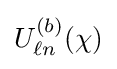
U_{\ell n}^{(b)}(\chi )